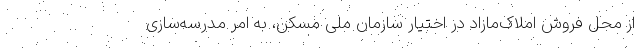
از محل فروش املاک‌مازاد در اختیار سازمان ملی مسکن، به امر مدرسه‌سازی